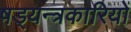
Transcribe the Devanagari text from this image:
षड्‍यन्त्रकारियों